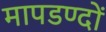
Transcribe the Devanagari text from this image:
मापडण्दों